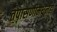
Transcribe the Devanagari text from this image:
तपासणीमधूनही